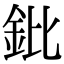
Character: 鈚